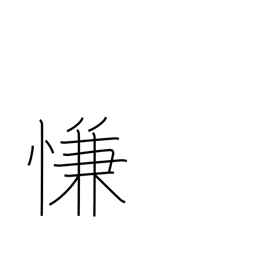
Meaning: satisfaction